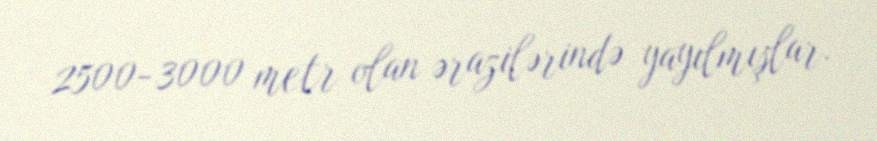
2500-3000 metr olan ərazilərində yayılmışlar.